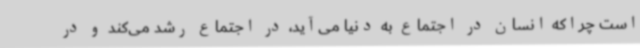
است چراکه انسان در اجتماع به دنیا می‌آید، در اجتماع رشد می‌کند و در